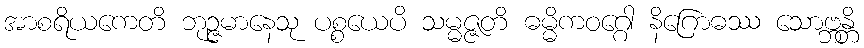
အာစရိယကေတိ ဘုဉ္ဇမာနေသု ပစ္စယေပိ သမ္မဇ္ဇတိ ဓမ္မိကဝဂ္ဂေါ နိဂြောဓဿ သောဗ္ဘန္တိ